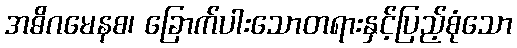
အဓိဂမေနစ၊ ခြောက်ပါးသောတရားနှင့်ပြည့်စုံသော